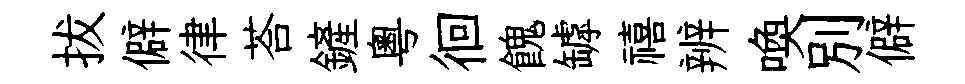
拔僻律荅鏟粵徊餽罅禧辨喚別僻